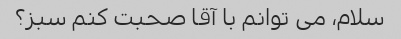
سلام، می توانم با آقا صحبت کنم سبز؟